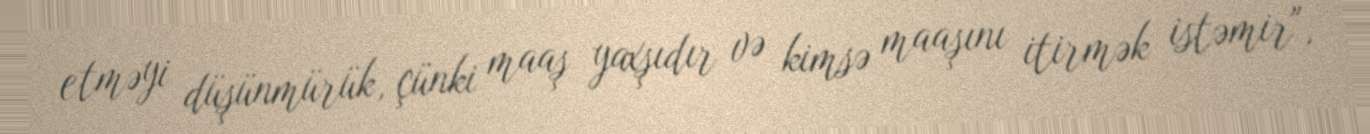
etməyi düşünmürük, çünki maaş yaxşıdır və kimsə maaşını itirmək istəmir",